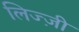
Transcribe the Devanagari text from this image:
लिज्ज़ी